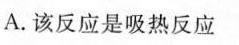
A.该反应是吸热反应